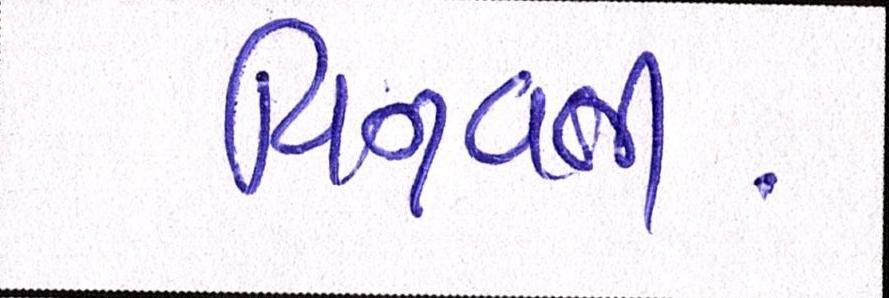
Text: વિનવતી